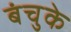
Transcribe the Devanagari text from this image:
बंचुके